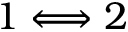
1 \Longleftrightarrow 2